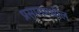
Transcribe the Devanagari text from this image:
प्रसारामधील